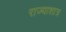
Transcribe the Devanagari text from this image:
राज्याशात्र